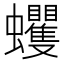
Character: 蠼